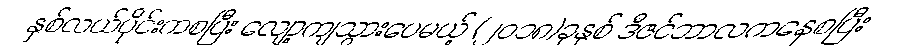
နှစ်လယ်ပိုင်းကစပြီး လျော့ကျသွားပေမယ့် (၂၀၁၈)ခုနှစ် ဒီဇင်ဘာလကနေစပြီး